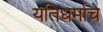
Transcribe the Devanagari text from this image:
यतिधर्माचे